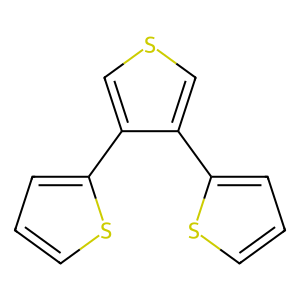
SMILES: c1csc(-c2cscc2-c2cccs2)c1
Inhibits HIV replication: No